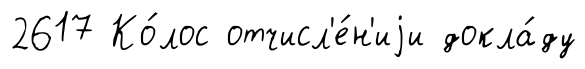
2617 Ко́лос отчисл'е́н'иjи докла́ду